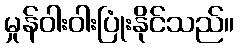
မှုန်ဝါးဝါးပြုံးနိုင်သည်။